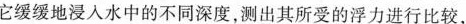
它缓缓地浸入水中的不同深度，测出其所受的浮力进行比较，